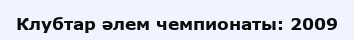
Клубтар әлем чемпионаты: 2009